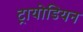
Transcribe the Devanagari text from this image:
ट्रायोडियन